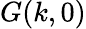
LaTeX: G(k,0)